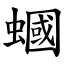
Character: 蟈